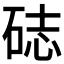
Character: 𥒺